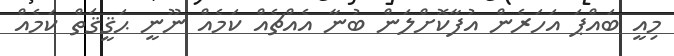
މިއީ ބައްޕަ އަހަރެން އުފާކޮށްލަން ބުނާ އެއްޗެއް ކަމެއް ނޫނީ ޙަޤީޤަތް ކަމެއް